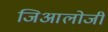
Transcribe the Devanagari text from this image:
जिआलोजी